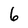
Character: 6